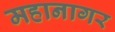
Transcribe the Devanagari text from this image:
महानागर